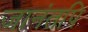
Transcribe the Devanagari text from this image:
जानंतपि